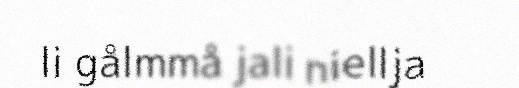
li gålmmå jali niellja